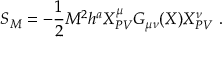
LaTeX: S _ { M } = - \frac { 1 } { 2 } M ^ { 2 } h ^ { a } X _ { P V } ^ { \mu } G _ { \mu \nu } ( X ) X _ { P V } ^ { \nu } \ .